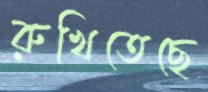
রুখিতেছে